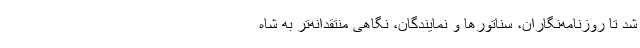
شد تا روزنامه‌نگاران، سناتورها و نمایندگان، نگاهی منتقدانه‌تر به شاه